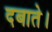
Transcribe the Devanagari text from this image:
दबाते।